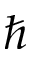
\hbar